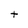
Character: t